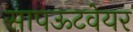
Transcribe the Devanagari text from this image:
सापऊटवेयर